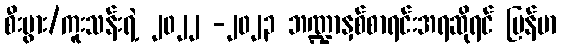
စီးပွား/ကူးသန်းရဲ့ ၂၀၂၂ -၂၀၂၃ ဘဏ္ဍာနှစ်စာရင်းအရဆိုရင် မြန်မာ